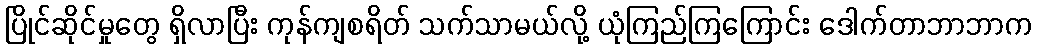
ပြိုင်ဆိုင်မှုတွေ ရှိလာပြီး ကုန်ကျစရိတ် သက်သာမယ်လို့ ယုံကြည်ကြကြောင်း ဒေါက်တာဘာဘာက